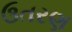
ઉતરણ